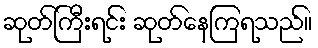
ဆုတ်ကြီးရင်း ဆုတ်နေကြရသည်။